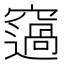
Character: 䆼